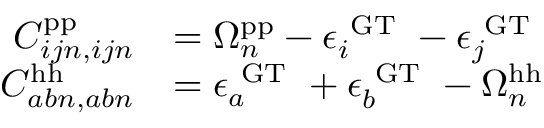
\begin{array} { r l } { C _ { i j n , i j n } ^ { \mathrm { p p } } } & { = \Omega _ { n } ^ { \mathrm { p p } } - \epsilon _ { i } ^ { \mathrm { ~ G T ~ } } - \epsilon _ { j } ^ { \mathrm { ~ G T ~ } } } \\ { C _ { a b n , a b n } ^ { \mathrm { h h } } } & { = \epsilon _ { a } ^ { \mathrm { ~ G T ~ } } + \epsilon _ { b } ^ { \mathrm { ~ G T ~ } } - \Omega _ { n } ^ { \mathrm { h h } } } \end{array}